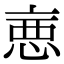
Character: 𢛫